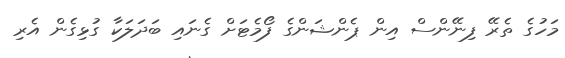
މަހުގެ ތެރޭ ފިނޭންސް އިން ޕެންޝަންގެ ފޯމެޓަށް ގެނައި ބަދަލަކާ ގުޅިގެން އެރި